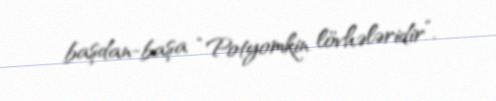
başdan-başa “Potyomkin lövhələridir”.